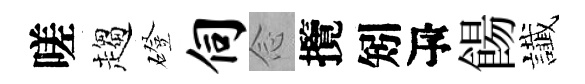
嗟趨磴伺𫝹攬矧瓴餳䜟